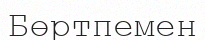
Бөртпемен